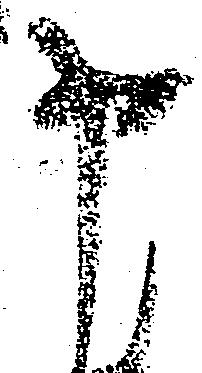
申